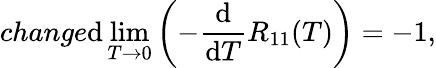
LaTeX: change\mathrm{d}\operatorname*{lim}_{T\to0}\left(-\frac{{\mathrm{d}}}{{\mathrm{d}T}}R_{11}(T)\right)=-1,